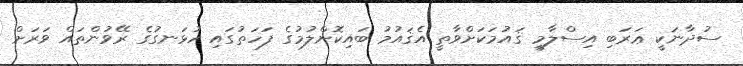
ސުދާނަކީ ޢަރަބި އިސްލާމީ ޤައުމަކަށްވާތީ އެޤައުމު ބައިކޮށްލުމުގެ ފަހަތުގައި ހުޅަނގުގެ ރޭވުންތައް ވަރަށް